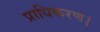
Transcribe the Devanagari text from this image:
प्राधिकरण।